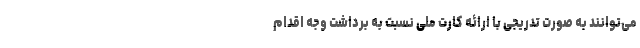
می‌توانند به صورت تدریجی با ارائه کارت ملی نسبت به برداشت وجه اقدام